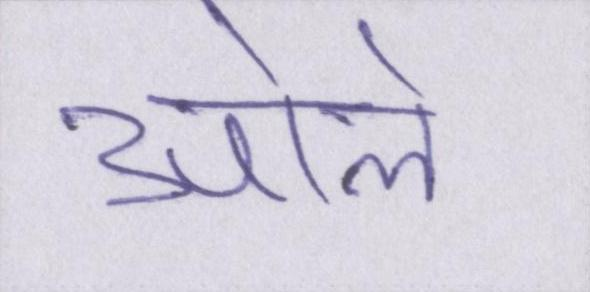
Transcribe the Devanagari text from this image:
ओले